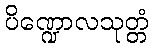
ပိဏ္ဍောလသုတ္တံ